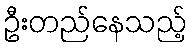
ဦးတည်နေသည့်